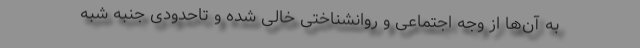
به آن‌ها از وجه اجتماعی و روانشناختی خالی شده و تاحدودی جنبه شبه